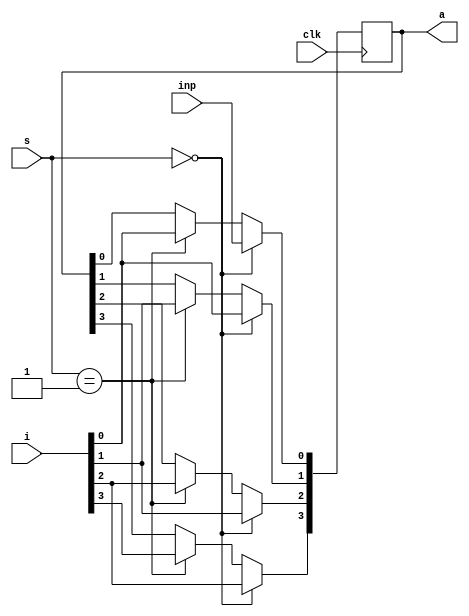
module q3(i,s,clk,inp,a);
input[3:0]i;
input[1:0]s;
input inp,clk;
integer k;
output reg[3:0]a;
always@(posedge clk)begin
if(s==2'b00)begin
for(k=3;k>0;k=k-1)begin
a[k]<=i[k-1];
end
a[0]<=inp;
end
else if(s==2'b01)begin
a<=i;
end
end
endmodule